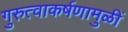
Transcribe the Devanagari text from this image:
गुरुत्वाकर्षणामुळीं